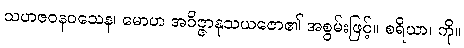
သဟဇဝနဝသေန၊ မောဟ အဝိဇ္ဇာနုသယဇော၏ အစွမ်းဖြင့်။ စရိယာ၊ ကို။